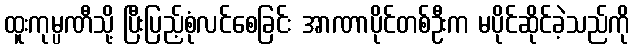
ထူးကုမ္ပဏီသို့ ပြီးပြည့်စုံလင်စေခြင်း အာဏာပိုင်တစ်ဦးက မပိုင်ဆိုင်ခဲ့သည်ကို